Annual administration report of the Civil Veterinary Department of India - 1900-1901
Year: 1900
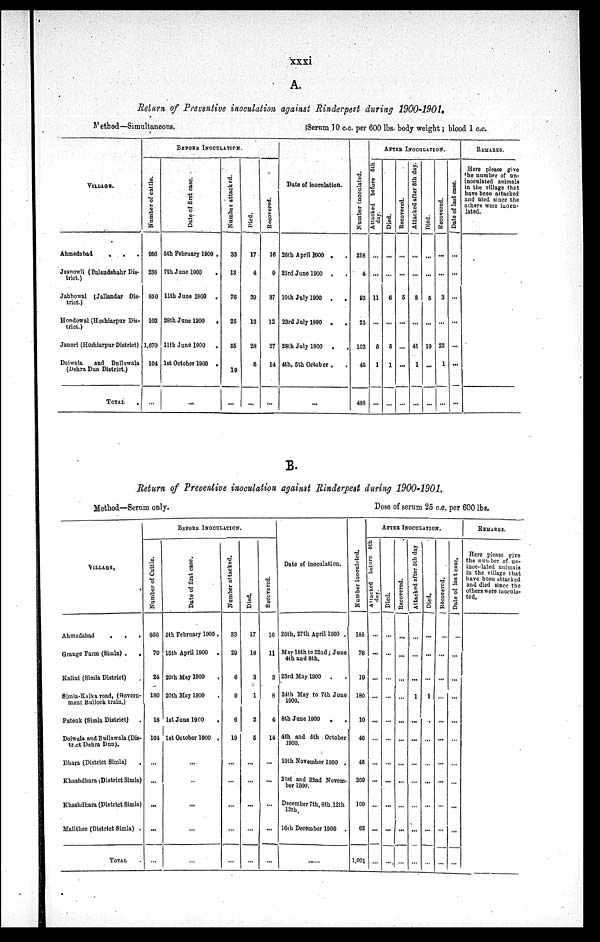
xxxi
A.
Return of Preventive inoculation against Rinderpest during 1900-1901.
Method—Simultaneous.
VILLAGE.
Ahmedabad . . .
Josnowli (Bulandshahr Dis-
trict.)
Jabhowal (Jallandar Dis-
trict.)
Hondowal (Hoshiarpur Dis-
trict.)
Janori (Hoshiarpur District)
Doiwala
and Bullawala
(Dehra Dun District.)
TOTAL .
BEFORE INOCULATION.
Nu mb e r of cattle.
956
238
850
103
1,670
104
...
Dat e of first case.
5th February 1900 .
7th June 1900
.
11th June 1900 .
28th Jane 1900
.
11th June 1900 .
1st October 1900 .
...
Number attacked.
33
13
76
25
55
19
...
Died.
17
4
39
13
28
5
...
Recovered.
16
9
37
12
27
14
...
Serum 10 c.c. per 600 lbs. body weight ; blood 1 c.c.
Date of inoculation.
26th April 1900 . .
23rd June 1900 . .
10th July 1900 . .
23rd July 1900 . .
28th July 1900 . .
4th, 5th October .
...
Nu mb e r inoculated.
218
4
93
25
103
45
488
AFTER INOCULATION.
Attacked before 5th
day.
...
...
11
...
5
1
...
Died.
...
...
6
...
5
1
...
Recovered.
...
...
5
...
...
...
...
Attacked after 5th day.
...
...
8
...
41
1
...
Died.
...
...
5
...
19
...
...
Recovered.
...
3
...
22
1
Date of last case.
...
...
...
...
...
...
...
REMARKS.
Hero please give
the number of un-
inoculated animals
in the village that
have been attacked
and died since the
others were inocu-
lated.
...
...
...
...
...
...
...
B.
Return of Preventive inoculation against Rinderpest during 1900-1901.
Method—Serum only.
VILLAGE .
Ahmedabad
.
.
.
Grange Farm (Simla) .
.
Kalini (Simla District)
Simla-Kalka road, (Govern-
ment Bullock train.)
Pateuk (Simla District) .
Dolwala and Bullawala (Dis-
tract Dehra Dun).
Dhara (District Simla).
Khashdhara (District Simla)
Khashdhara (District Simla)
Mailthee (District Simla) .
TOTAL .
BEFORE INOCULATION.
Number of Cattle.
956
70
24
180
18
104
...
...
...
...
...
Date of first case.
5th February 1900 .
15th April 1900 .
20th May 1900 .
20th May 1900 .
1st June 1900 .
1st October 1900 .
...
...
...
...
...
Number attacked.
33
29
6
9
6
19
...
...
...
...
...
Died.
17
18
3
1
2
5
...
...
...
...
...
Recovered.
16
11
3
8
4
14
...
...
...
...
...
Dose of serum 25 c.c. per 600 lbs.
Date of inoculation.
26th, 27th April 1900 .
May 18th to 22nd; June
4th and 8th.
23rd May 1900 . .
24th May to 7th June
1900.
8th June 1900 . .
4th and 5th October
1900.
19th November 1900 .
21st and 22nd Novem-
ber 1900.
December 7th, 8th, 12th
13th.
16th December 1900
.....
Nu mb e r inoculated.
185
76
19
180
10
46
45
269
109
62
1,001
AFTER INOCULATION.
Attacked
before 5th
day.
...
...
...
...
...
...
...
...
...
...
...
Died.
...
...
...
...
...
...
...
...
...
...
Recovered.
...
...
...
...
...
...
...
...
...
...
...
Attacked after 5th day
...
...
...
1
...
...
...
...
...
...
...
Died.
...
...
...
1
...
...
...
...
...
...
...
Recovered.
...
...
...
...
...
...
...
...
...
...
...
Date of last case.
...
...
...
...
...
...
...
...
...
...
...
REMARKS.
Here please give
the number of un-
inoculated animals
in the village that
have been attacked
and died since the
others were iuocula-
ted.